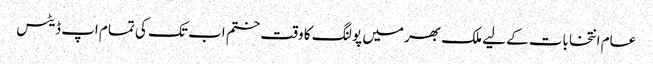
عام انتخابات کے لیے ملک بھر میں پولنگ کا وقت ختم اب تک کی تمام اپ ڈیٹس